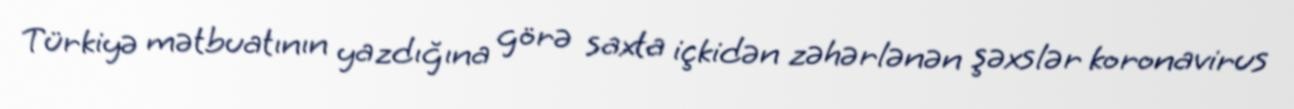
Türkiyə mətbuatının yazdığına görə saxta içkidən zəhərlənən şəxslər koronavirus